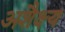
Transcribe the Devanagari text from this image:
अशैक्ष्य